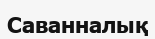
Саванналық